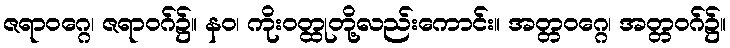
ဇရာဝဂ္ဂေ၊ ဇရာဝဂ်၌။ နဝ၊ ကိုးဝတ္ထုတို့လည်းကောင်း။ အတ္တဝဂ္ဂေ၊ အတ္တဝဂ်၌။